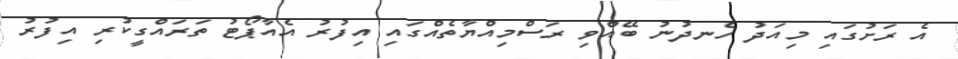
އެ ރަށުގައި މިއަދު ހެނދުނު ބޭއްވި ރަސްމިއްޔާތެއްގައި އިފުރު އެއާޕޯޓު ތަރައްގީކުރި އިފުރު